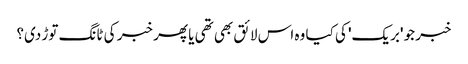
خبر جو 'بریک' کی کیا وہ اس لائق بھی تھی یا پھر خبر کی ٹانگ توڑ دی؟